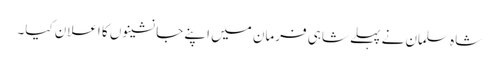
شاہ سلمان نے پہلے شاہی فرمان میں اپنے جانشینوں کا اعلان کیا۔